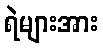
ရဲများအား